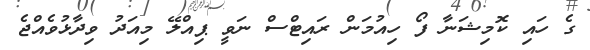
ގެ ހައި ކޮމިޝަނާ ފޯ ހިއުމަން ރައިޓްސް ނަވީ ޕިއްލޭ މިއަދު ވިދާޅުވެއްޖެ